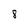
Character: 8